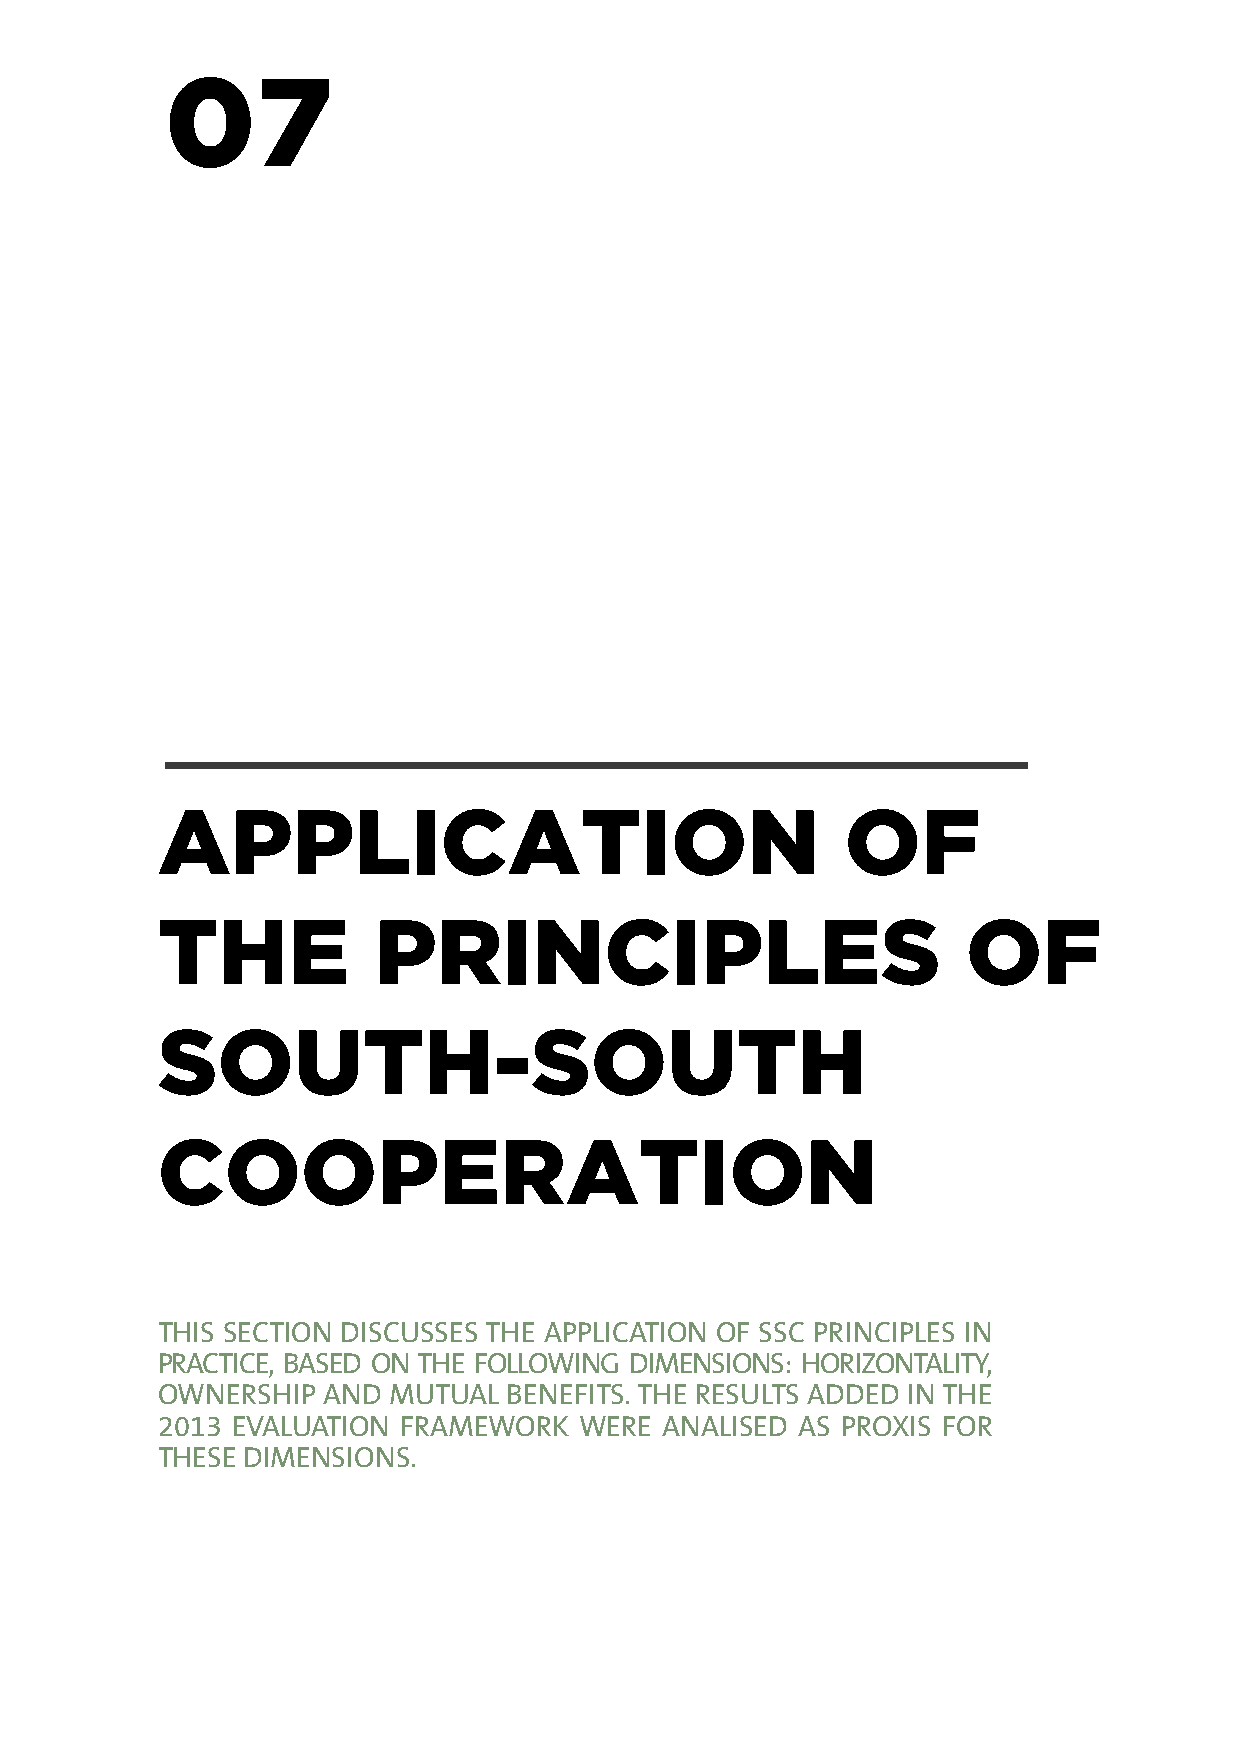
07
 APPLICATION                                   OF
 THE            PRINCIPLES                             OF
 SOUTH-SOUTH
 COOPERATION
 THIS SECTION DISCUSSES THE APPLICATION OF SSC PRINCIPLES IN
 PRACTICE, BASED ON THE FOLLOWING DIMENSIONS: HORIZONTALITY,
 OWNERSHIP  AND  MUTUAL  BENEFITS. THE RESULTS ADDED IN THE
 2013 EVALUATION  FRAMEWORK  WERE  ANALISED AS PROXIS FOR
 THESE DIMENSIONS.